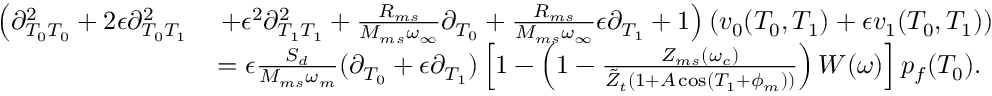
\begin{array} { r l } { \left( \partial _ { T _ { 0 } T _ { 0 } } ^ { 2 } + 2 \epsilon \partial _ { T _ { 0 } T _ { 1 } } ^ { 2 } \right. } & { \left. + \epsilon ^ { 2 } \partial _ { T _ { 1 } T _ { 1 } } ^ { 2 } + \frac { R _ { m s } } { M _ { m s } \omega _ { \infty } } \partial _ { T _ { 0 } } + \frac { R _ { m s } } { M _ { m s } \omega _ { \infty } } \epsilon \partial _ { T _ { 1 } } + 1 \right) \left( v _ { 0 } ( T _ { 0 } , T _ { 1 } ) + \epsilon v _ { 1 } ( T _ { 0 } , T _ { 1 } ) \right) } \\ & { = \epsilon \frac { S _ { d } } { M _ { m s } \omega _ { m } } ( \partial _ { T _ { 0 } } + \epsilon \partial _ { T _ { 1 } } ) \left[ 1 - \left( 1 - \frac { Z _ { m s } ( \omega _ { c } ) } { \Tilde { Z } _ { t } \left( 1 + A \cos \left( T _ { 1 } + \phi _ { m } \right) \right) } \right) W ( \omega ) \right] p _ { f } ( T _ { 0 } ) . } \end{array}